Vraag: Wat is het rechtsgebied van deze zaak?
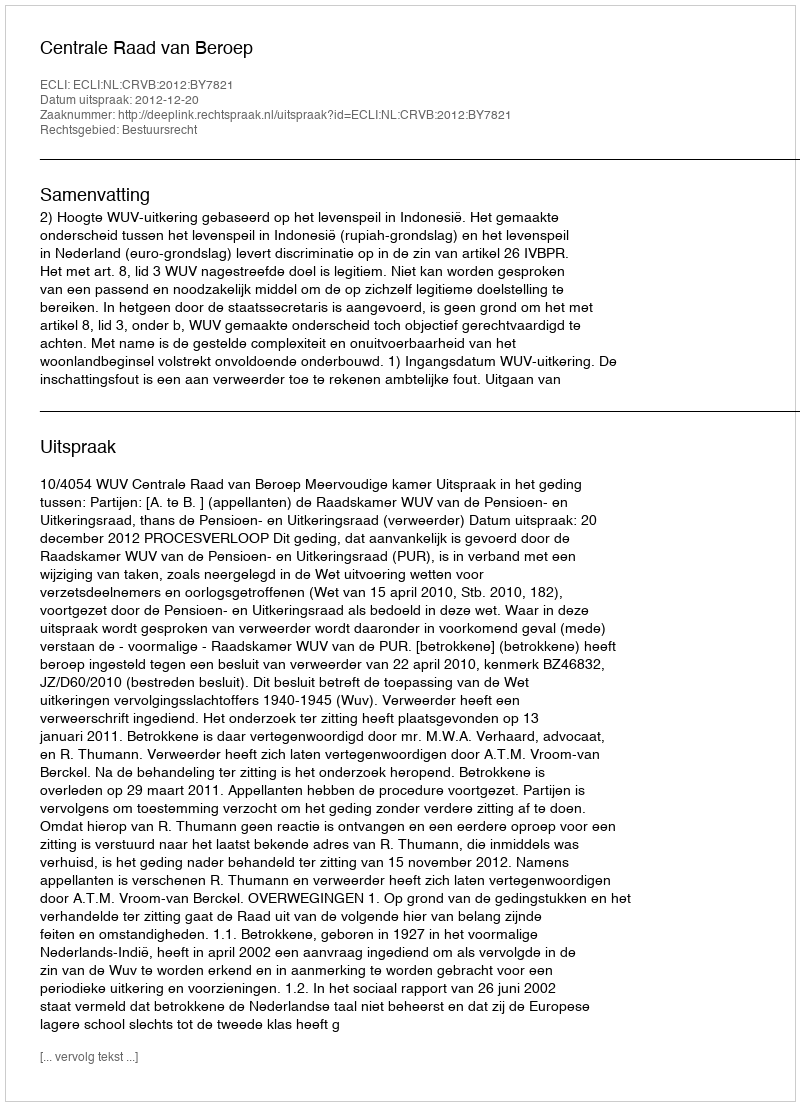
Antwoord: Bestuursrecht